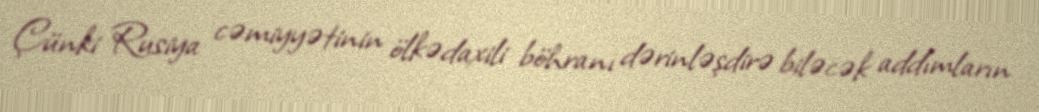
Çünki Rusiya cəmiyyətinin ölkədaxili böhranı dərinləşdirə biləcək addımların